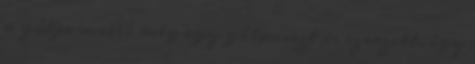
a gólja mellé még egy gólpasszt is szerzett, így